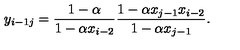
y _ { i - 1 j } = \frac { 1 - \alpha } { 1 - \alpha x _ { i - 2 } } \frac { 1 - \alpha x _ { j - 1 } x _ { i - 2 } } { 1 - \alpha x _ { j - 1 } } .